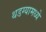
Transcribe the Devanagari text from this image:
थडग्यामध्ये